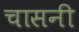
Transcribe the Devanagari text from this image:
चासनी